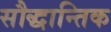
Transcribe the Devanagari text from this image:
सौद्धान्तिक